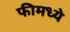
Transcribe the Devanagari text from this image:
फीमध्ये